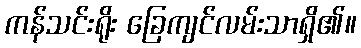
ကန်သင်းရိုး ခြေကျင်လမ်းသာရှိ၏။